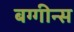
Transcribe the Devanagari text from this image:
बग्गीन्स